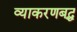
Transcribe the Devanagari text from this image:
व्याकरणबद्ध